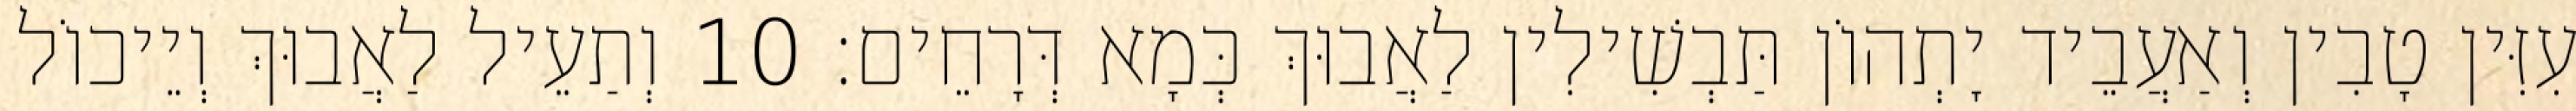
עִזִּין טָבִין וְאַעֲבֵיד יָתְהוֹן תַּבְשִׁילִין לַאֲבוּךְ כְּמָא דְּרָחֵים׃ 10 וְתַעֵיל לַאֲבוּךְ וְיֵיכוֹל